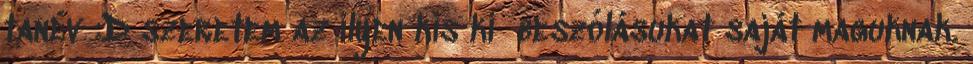
tanév :D szeretem az ilyen kis ki beszólásukat saját maguknak.